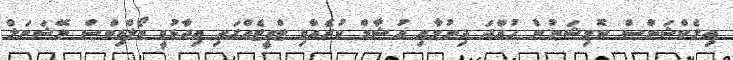
އިލެކްޝަންސް ކޮމިޝަނުން ހުއްދަ ދިނުމާއި އުޝާމް ކުރެއްވި ޓްވީޓެއްގައި ވިދާޅުވީ މޯލްޑިވްސް ނޭޝަނަލް